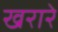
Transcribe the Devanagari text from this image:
खरारे